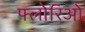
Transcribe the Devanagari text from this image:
फ्लोरिओ